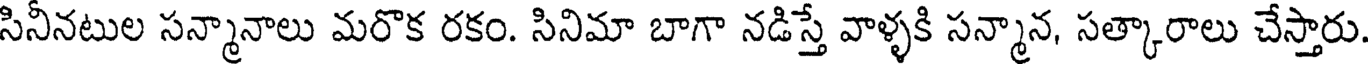
సినీనటుల సన్మానాలు మరొక రకం. సినిమా బాగా నడిస్తే వాళ్ళకి సన్మాన, సత్కారాలు చేస్తారు